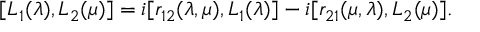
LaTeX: [ L \sb 1 ( \lambda ) , L \sb 2 ( \mu ) ] = i [ r \sb { 1 2 } ( \lambda , \mu ) , L \sb 1 ( \lambda ) ] - i [ r \sb { 2 1 } ( \mu , \lambda ) , L \sb 2 ( \mu ) ] .